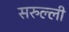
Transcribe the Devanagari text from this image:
सरुल्ली